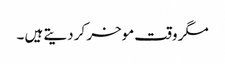
مگر وقت موخر کر دیتے ہیں ۔